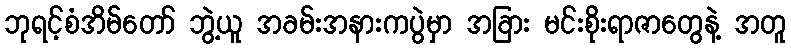
ဘုရင့်စံအိမ်တော် ဘွဲ့ယူ အခမ်းအနားကပွဲမှာ အခြား မင်းစိုးရာဇာတွေနဲ့ အတူ